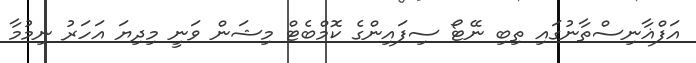
އަފްޣާނިސްތާނުގައި ތިބި ނޭޓޯ ސިފައިންގެ ކޮމްބެޓް މިޝަން ވަނީ މިދިޔަ އަހަރު ނިމުމާ